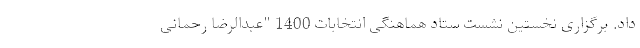
داد. برگزاری نخستین نشست ستاد هماهنگی انتخابات 1400 "عبدالرضا رحمانی